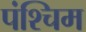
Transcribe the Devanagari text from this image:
पंश्चिम